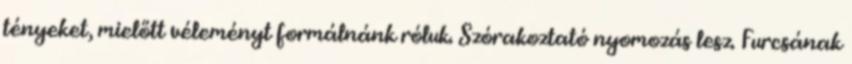
tényeket, mielőtt véleményt formálnánk róluk. Szórakoztató nyomozás lesz. Furcsának